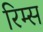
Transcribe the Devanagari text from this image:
रिम्स